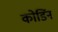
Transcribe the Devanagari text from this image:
कोडिंन